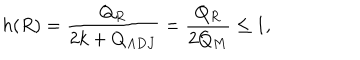
LaTeX: h ( R ) = \frac { Q _ { R } } { 2 k + Q _ { A D J } } = \frac { Q _ { R } } { 2 Q _ { M } } \leq 1 ,